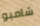
شامبو